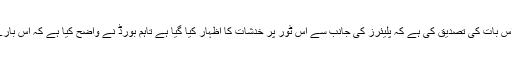
چیف ایگزیکٹیو ڈیوڈ وائٹ اور کرکٹ پلیئرز ایسوسی ایشن باس ہیتھ ملز دونوں نے ہی اس بات کی تصدیق کی ہے کہ پلیئرز کی جانب سے اس ٹور پر خدشات کا اظہار کیا گیا ہے تاہم بورڈ نے واضح کیا ہے کہ اس بارے میں کوئی بھی فیصلہ کرنے کیلئے وہ کھلے ذہن سے چیزوں کا جائزہ لے رہے ہیں۔